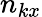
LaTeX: n_{kx}